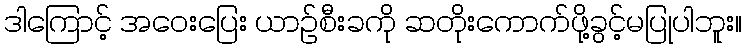
ဒါကြောင့် အဝေးပြေး ယာဉ်စီးခကို ဆတိုးကောက်ဖို့ခွင့်မပြုပါဘူး။